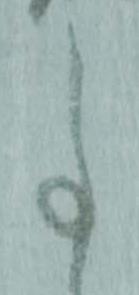
事